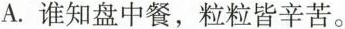
A.谁知盘中餐，粒粒皆辛苦。